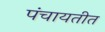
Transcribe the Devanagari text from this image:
पंचायतीत